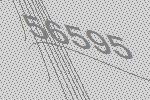
56595